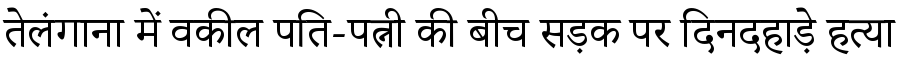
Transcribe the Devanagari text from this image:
तेलंगाना में वकील पति-पत्नी की बीच सड़क पर दिनदहाड़े हत्या